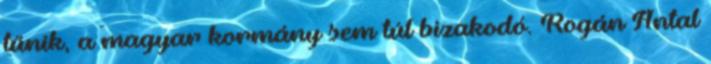
tűnik, a magyar kormány sem túl bizakodó. Rogán Antal